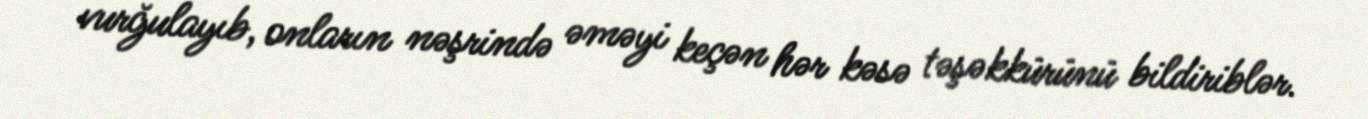
vurğulayıb, onların nəşrində əməyi keçən hər kəsə təşəkkürünü bildiriblər.